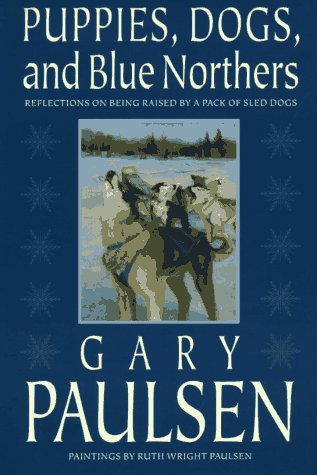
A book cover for Puppies, Dogs, and Blue Northers: Reflections on Being Raised by a Pack of Sled Dogs; Gary Paulsen; Sports & Outdoors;